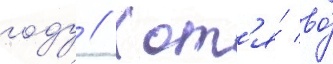
году // Хот'я́ во́